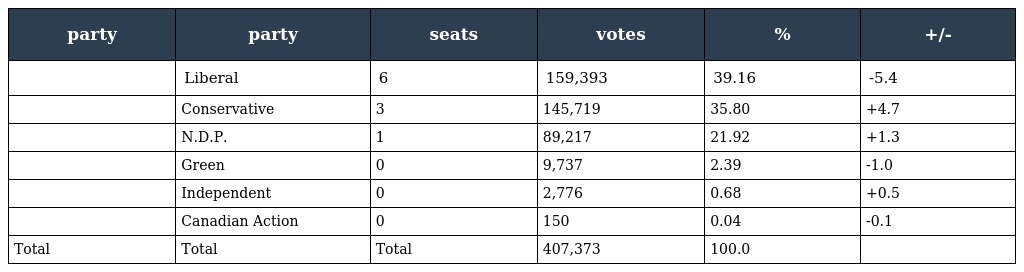
| party | party | seats | votes | % | +/- |
 | --- | --- | --- | --- | --- | --- |
 |  | Liberal | 6 | 159,393 | 39.16 | -5.4 |
 |  | Conservative | 3 | 145,719 | 35.80 | +4.7 |
 |  | N.D.P. | 1 | 89,217 | 21.92 | +1.3 |
 |  | Green | 0 | 9,737 | 2.39 | -1.0 |
 |  | Independent | 0 | 2,776 | 0.68 | +0.5 |
 |  | Canadian Action | 0 | 150 | 0.04 | -0.1 |
 | Total | Total | Total | 407,373 | 100.0 |  |